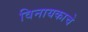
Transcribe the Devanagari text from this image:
विनायकाचे